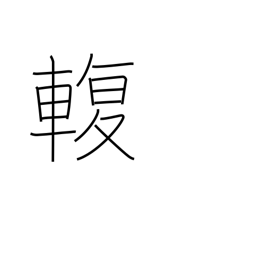
Meaning: connection between axle and carriage